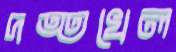
দত্তখেল